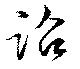
詔